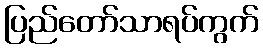
ပြည်တော်သာရပ်ကွက်